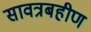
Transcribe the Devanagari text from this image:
सावत्रबहीण